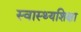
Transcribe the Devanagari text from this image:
स्वास्थ्यशिक्षा